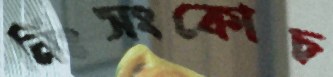
নিঃসংকোচ